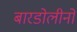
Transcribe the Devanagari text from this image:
बारडोलीनो